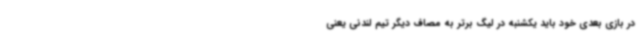
در بازی بعدی خود باید یکشنبه در لیگ برتر به مصاف دیگر تیم لندنی یعنی